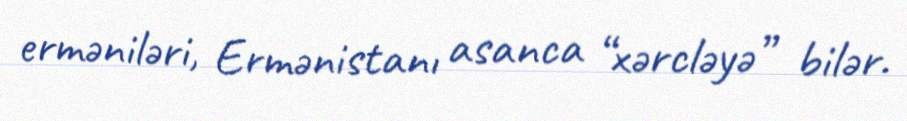
erməniləri, Ermənistanı asanca “xərcləyə” bilər.